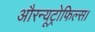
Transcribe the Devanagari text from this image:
औरन्यूट्रोफिल्स।